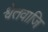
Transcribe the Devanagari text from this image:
श्वेतवाजि